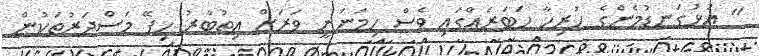
" އަޅުގަނޑުމެންގެ ހުރިހާ ހަބަރެއްގައި ވެސް ހިމަނަނީ ވަރަށް އިތުބާރު ހިފޭ މަސްދަރުތަކުން